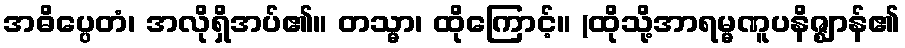
အဓိပ္ပေတံ၊ အလိုရှိအပ်၏။ တသ္မာ၊ ထိုကြောင့်။ (ထိုသို့အာရမ္မဏူပနိဇ္ဈာန်၏